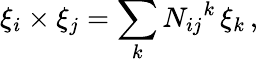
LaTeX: \xi_{i}\times\xi_{j}=\sum_{k}N_{ij}{}^{k}\, \xi_{k}\, ,